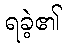
ရခဲ့၏